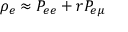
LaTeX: \rho _ { e } \approx P _ { e e } + r P _ { e \mu }